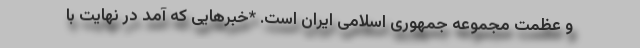
و عظمت مجموعه جمهوری اسلامی ایران است. *خبرهایی که آمد در نهایت با